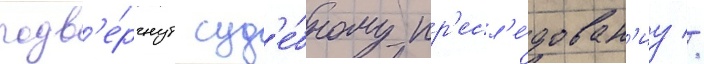
подв'е́ргнут суд'е́бному пр'есл'е́дован'иу //